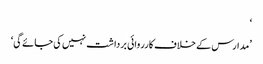
‘
’مدارس کے خلاف کارروائی برداشت نہیں کی جائے گی‘